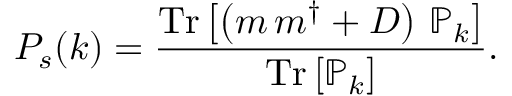
P _ { s } ( k ) = { \frac { \mathrm { T r } \left[ \left( m \, m ^ { \dagger } + D \right) \, \mathbb { P } _ { k } \right] } { \mathrm { T r } \left[ \mathbb { P } _ { k } \right] } } .